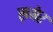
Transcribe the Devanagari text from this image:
ख़्मेर